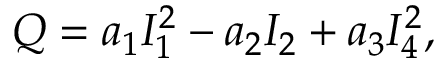
Q = a _ { 1 } I _ { 1 } ^ { 2 } - a _ { 2 } I _ { 2 } + a _ { 3 } I _ { 4 } ^ { 2 } ,